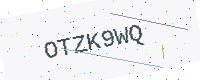
Text: OTZK9WQ